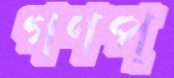
গণপ্